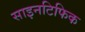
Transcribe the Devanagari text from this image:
साइनटिफिक